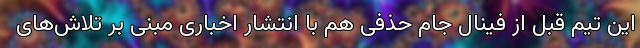
این تیم قبل از فینال جام حذفی هم با انتشار اخباری مبنی بر تلاش‌های